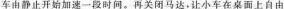
车由静止开始加速一段时间。再关闭马达，让小车在桌面上自由